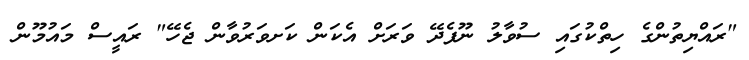
"ރައްޔިތުންގެ ހިތްކުގައި ސުވާލު ނޫފެދޭ ވަރަށް އެކަން ކަށވަރުވާން ޖެހޭ" ރައީސް މައުމޫން